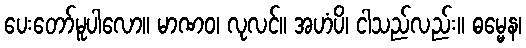
ပေးတော်မူပါလော။ မာဏဝ၊ လုလင်။ အဟံပိ၊ ငါသည်လည်း။ ဓမ္မေန၊